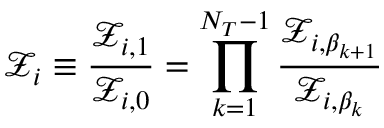
\mathcal { Z } _ { i } \equiv \frac { \mathcal { Z } _ { i , 1 } } { \mathcal { Z } _ { i , 0 } } = \prod _ { k = 1 } ^ { N _ { T } - 1 } \frac { \mathcal { Z } _ { i , \beta _ { k + 1 } } } { \mathcal { Z } _ { i , \beta _ { k } } }